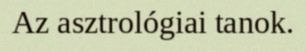
Az asztrológiai tanok.